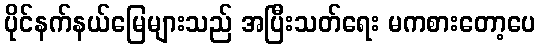
ပိုင်နက်နယ်မြေများသည် အပြီးသတ်ရေး မကစားတော့ပေ